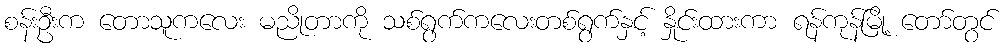
စန်းဦးက တောသူကလေး မညိုတာကို သစ်ရွက်ကလေးတစ်ရွက်နှင့် နှိုင်းထားကာ ရန်ကုန်မြို့ တော်တွင်